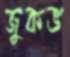
জুকভ